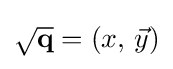
{\sqrt {\mathbf {q} }}=(x,\,{\vec {y}})